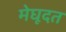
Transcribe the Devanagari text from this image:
मेघूदत